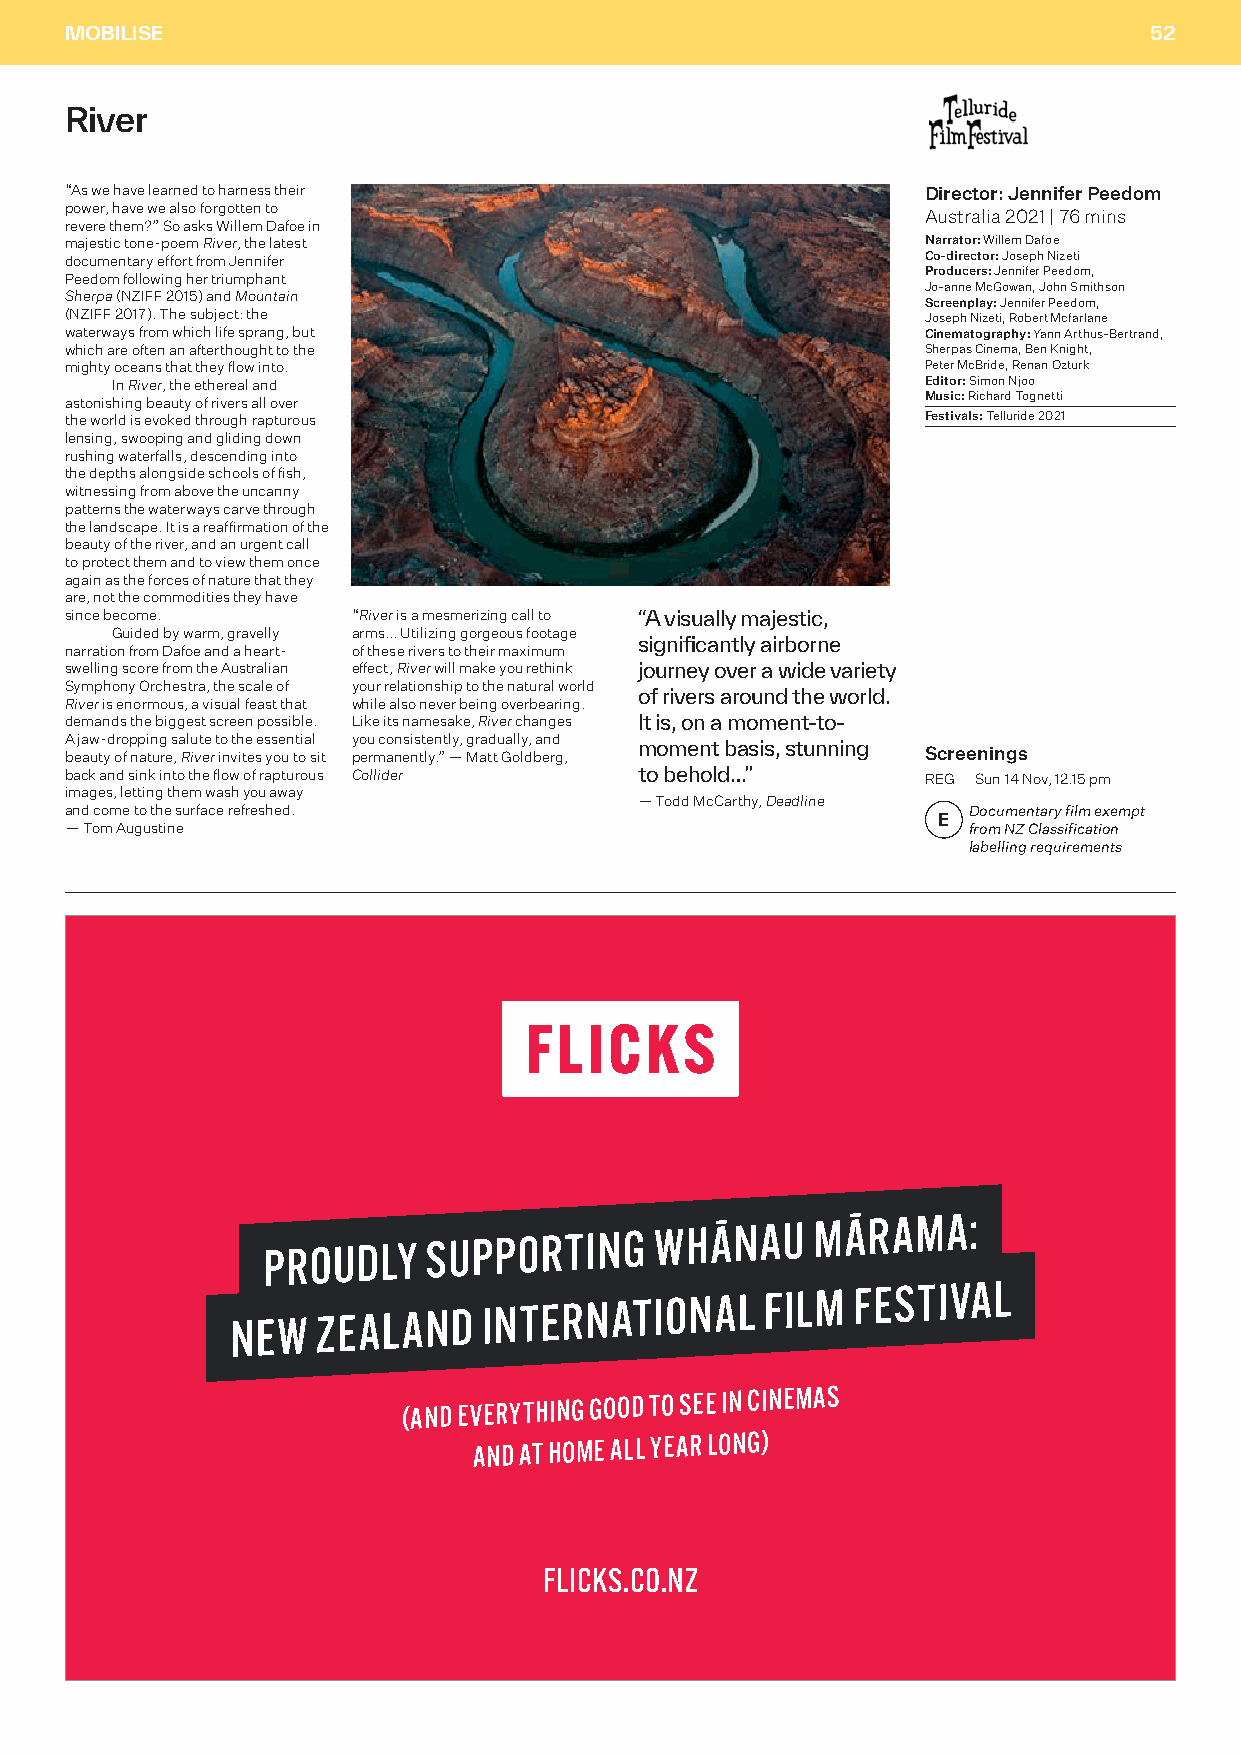
MOBILISE                                                                52
 River
 “As we have learned to harness their                     Director: Jennifer Peedom
 power, have we also forgotten to
 Australia 2021 | 76 mins
 revere them?” So asks Willem Dafoe in
 majestic tone-poem River, the latest                     Narrator: Willem Dafoe
 documentary effort from Jennifer                         Co-director: Joseph Nizeti
 Producers: Jennifer Peedom,
 Peedom following her triumphant
 Jo-anne McGowan, John Smithson
 Sherpa (NZIFF 2015) and Mountain
 Screenplay: Jennifer Peedom,
 (NZIFF 2017). The subject: the                           Joseph Nizeti, Robert Mcfarlane
 waterways from which life sprang, but                    Cinematography: Yann Arthus-Bertrand,
 which are often an afterthought to the                   Sherpas Cinema, Ben Knight,
 mighty oceans that they flow into.                       Peter McBride, Renan Ozturk
 In River, the ethereal and                            Editor: Simon Njoo
 astonishing beauty of rivers all over                    Music: Richard Tognetti
 the world is evoked through rapturous                    Festivals: Telluride 2021
 lensing, swooping and gliding down
 rushing waterfalls, descending into
 the depths alongside schools of fish,
 witnessing from above the uncanny
 patterns the waterways carve through
 the landscape. It is a reaffirmation of the
 beauty of the river, and an urgent call
 to protect them and to view them once
 again as the forces of nature that they
 are, not the commodities they have
 since become.      “River is a mesmerizing call to “A visually majestic,
 Guided by warm, gravelly arms... Utilizing gorgeous footage
 significantly airborne
 narration from Dafoe and a heart- of these rivers to their maximum
 swelling score from the Australian effect, River will make you rethink journey over a wide variety
 Symphony Orchestra, the scale of your relationship to the natural world
 of rivers around the world.
 River is enormous, a visual feast that while also never being overbearing.
 demands the biggest screen possible. Like its namesake, River changes It is, on a moment-to-
 A jaw-dropping salute to the essential you consistently, gradually, and
 beauty of nature, River invites you to sit permanently.” — Matt Goldberg, moment basis, stunning Screenings
 back and sink into the flow of rapturous Collider to behold…” REG Sun 14 Nov, 12.15 pm
 images, letting them wash you away
 — Todd McCarthy, Deadline
 and come to the surface refreshed.                          Documentary film exempt
 E
 — Tom Augustine                                             from NZ Classification
 labelling requirements
 PROUDLY
 SUPPORTING
 WHĀNAU
 MĀRAMA:
 NEW
 ZEALAND
 INTERNATIONAL      FILM
 FESTIVAL
 (AND
 EVERYTHING GOOD TO SEE IN CINEMAS
 AND AT HOME ALL YEAR LONG)
 FLICKS.CO.NZ